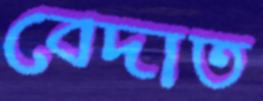
বেদাত